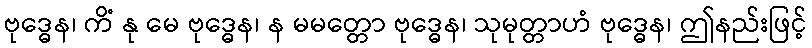
ဗုဒ္ဓေန၊ ကိံ နု မေ ဗုဒ္ဓေန၊ န မမတ္တော ဗုဒ္ဓေန၊ သုမုတ္တာဟံ ဗုဒ္ဓေန၊ ဤနည်းဖြင့်